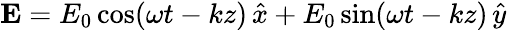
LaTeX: {\mathbf E}=E_{0}\cos(\omega t-kz)\, \hat{x}+E_{0}\sin(\omega t-kz)\, \hat{y}